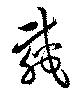
載